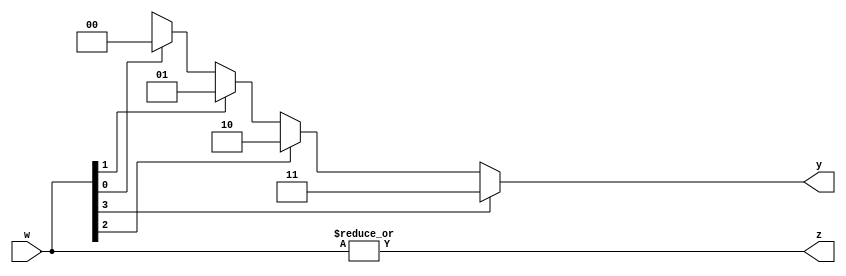
`timescale 1ns / 1ps
//////////////////////////////////////////////////////////////////////////////////
// Company: 
// Engineer: 
// 
// Design Name: 
// Module Name: priority_encoder_generic
// Project Name: 
// Target Devices: 
// Tool Versions: 
// Description: 
// 
// Dependencies: 
// 
// Revision:
// Revision 0.01 - File Created
// Additional Comments:
// 
//////////////////////////////////////////////////////////////////////////////////


module priority_encoder_generic
      #(parameter N=4)(
      input [N-1:0] w,
      output z,
      output reg [$clog2(N)-1:0]y
    );
    
    assign z = |w;
    integer k;
    
    always @(w)
    begin
       y='bx;
       for(k=0;k<N;k=k+1)
           if(w[k])
              y=k;
              
   end           
   
    
    
    
    
    
    
    
    
    
endmodule